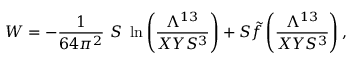
W = - { \frac { 1 } { 6 4 \pi ^ { 2 } } } \ S \ \ln \left( { \frac { \Lambda ^ { 1 3 } } { X Y S ^ { 3 } } } \right) + S { \tilde { f } } \left( { \frac { \Lambda ^ { 1 3 } } { X Y S ^ { 3 } } } \right) ,